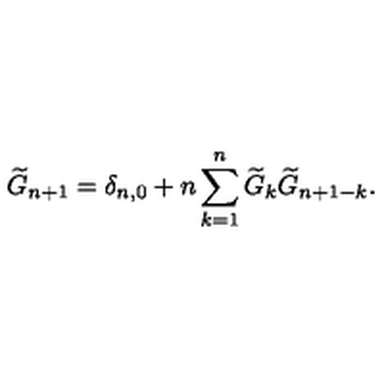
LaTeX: \widetilde { G } _ { n + 1 } = \delta _ { n , 0 } + n \sum _ { k = 1 } ^ { n } \widetilde { G } _ { k } \widetilde { G } _ { n + 1 - k } .